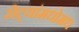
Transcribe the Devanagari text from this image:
रोट्यांमधोमध